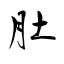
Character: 肚